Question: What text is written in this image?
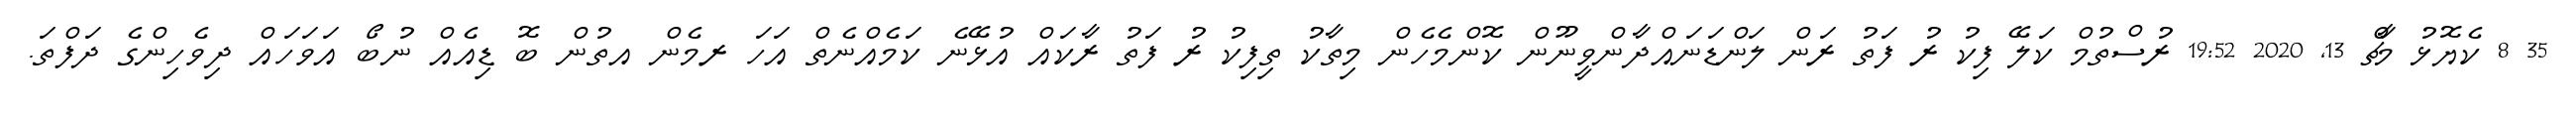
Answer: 35 8 ކެޔޮޅު މާޗް 13, 2020 19:52 ރުސްތުމް ކަލޭ ފިކު ރު ފަތު ރަން ލަންޑަނައްދާންވީނޫން ކޮންމެހެން މިތާކު ތިފިކު ރު ފަތު ރާކައް އުޅޭނެ ކަމެއްނެތް އަހަ ރމެން އތުން ބޮ ޑިއެއް ނުބޯ އަވަހައް ދިވެހިންގެ ދަފްތަ.